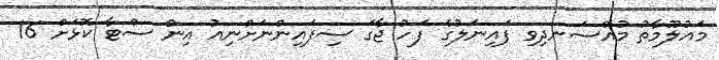
މައުލޫމާތު މުއްސަނދިވި ފައިނަލުގެ ފަހު ޖާގަ ސިފައިންނަށްނިއު އިން ސްޓާ ކޮޅަށް 16